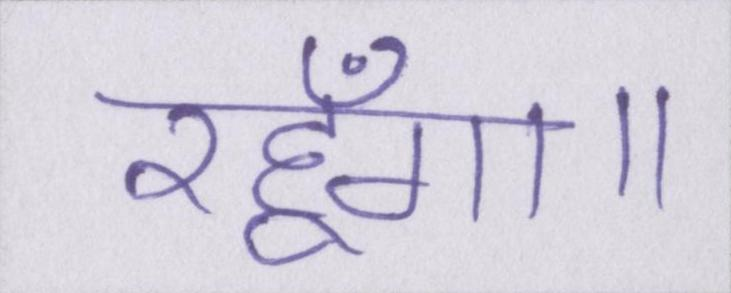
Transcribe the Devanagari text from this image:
रहूँगा।